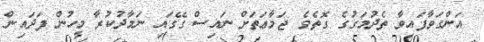
އަންގަވާފައިވާ ތެދުމަގުގެ ގޮތެވެ. ޖަމާޢަތަށް ނައިސް ގޭގައި ނަމާދުކުރާ މީހުން ފަދައިން